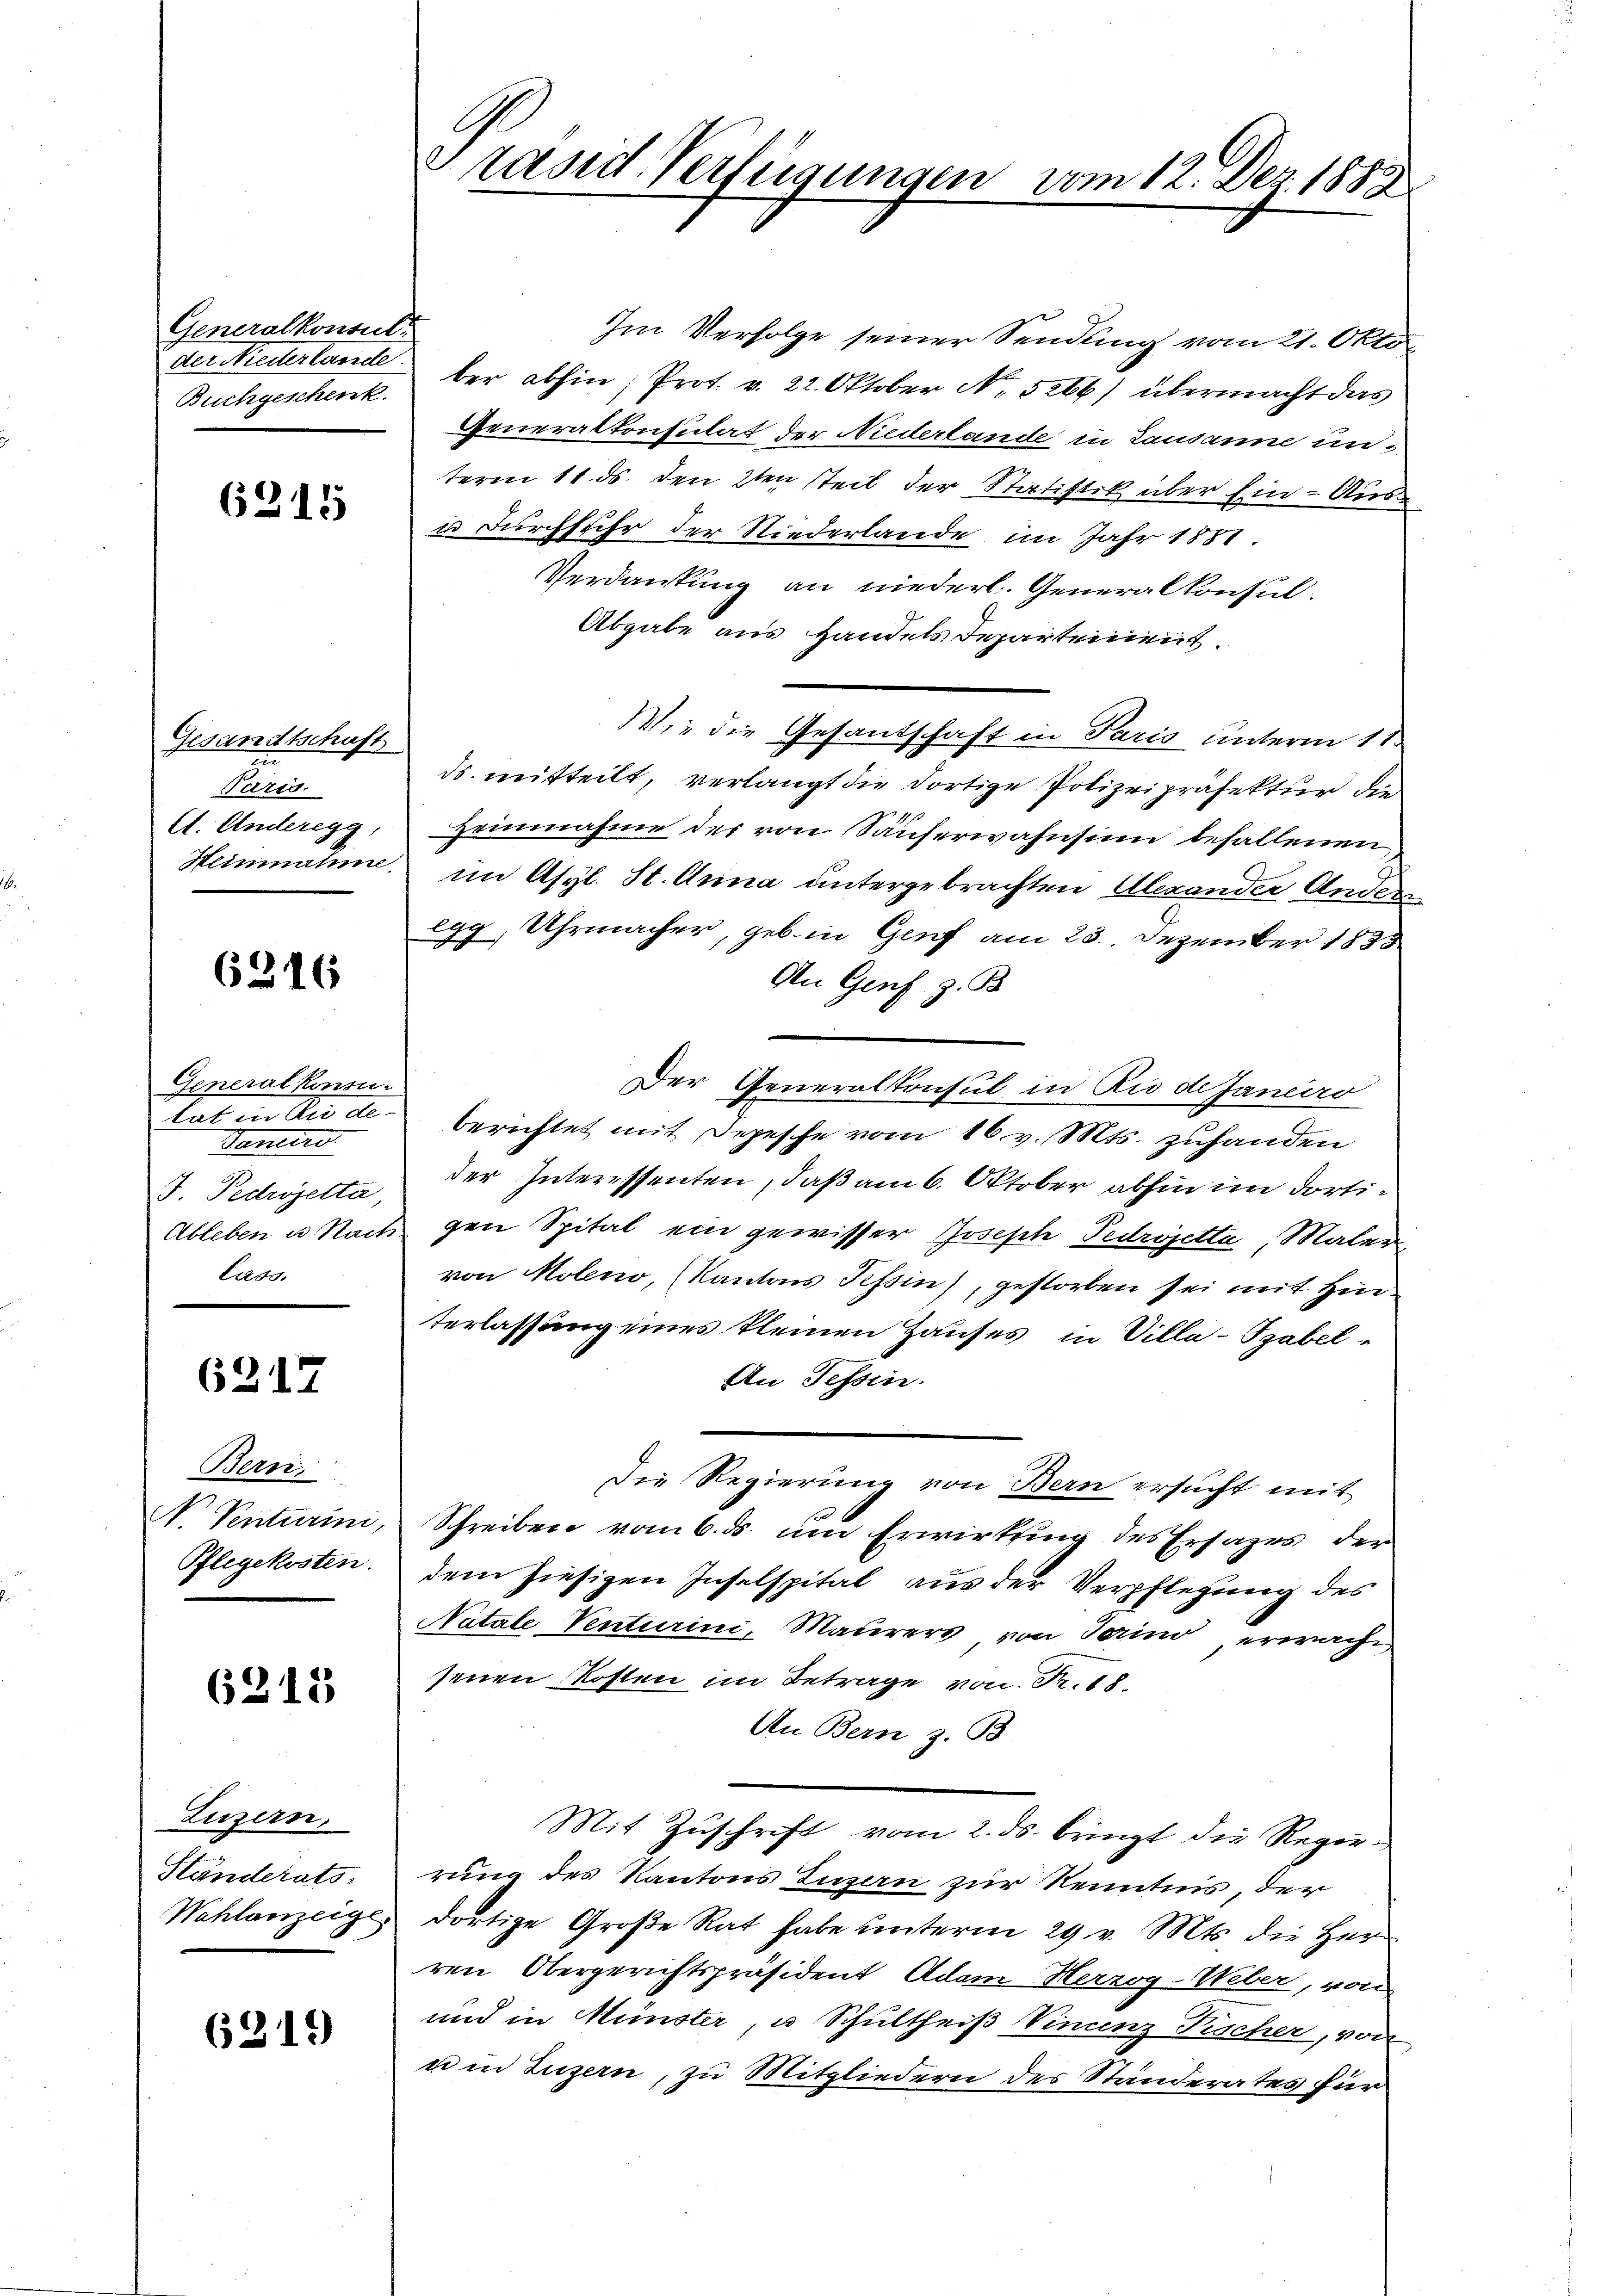
Generalkonsul
Buchgeschenk

6215

Gesandtschaft
s
Paris.
Ct. Anderegg,
Heinnahme

6316

Generalkonsu-
tat die de
Fonters
J. Pectrojetta,
Ableben u. Rait.
luss.

6217

Bern,
No Venturini,
Pflegekosten.

6213

Luzern,
Ständerats-
Wahlanzeige

6319)

Präsid. Verfügungen

Im Verfolge seiner Sendung vom 21. Okto¬
Der Niederlande ber abhin, Prot. v. 22. Oktober No. 5266) übermacht das
Generalkonsulat der Niederlande in Lausanne unterm 11. ds. den 2ten teil der Statistik über Ein- Ausin Durchfuhr der Niederlande im Jahr 1851.
Verdankung an niederl. Generalkonsul¬
Abgabe aus Handels Departement.
Wie die Gesantschaft in Paris unterm 11.
ds. mitteilt, verlangt die dortige Polizeipräfektur die
Heinnahme des von Säuferwahnsinn befallenen
im Asyl. St. Anna untergebrachten Alexander Ander
egg, Uhrmacher, geb. in Genf am 23. Dezember 1835
An Genf z. B.
Der Generalkonsul in Rio de Janeiro
berichtet mit Depesche vom 16. v. Mts. zuhanden
der Interessenten, daß am 6. Oktober abhin im dortigen Spital ein gewisser Joseph Pedrojetta, Malervon Moleno, Kantons Tessin, gestorben sei mit Hinterlassung eines kleinen Hauses in Villa-Tabel¬
An Tessin.
Die Regierung von Bern ersucht mit
Schreiben vom 6. ds. um Erwirtung des Ersazes der
dem hiesigen Inselspital aus der Verpflegung des
Natale Venturini, Maurers von Serino erwacht
senen Kosten im Betrage von Fr. 18
An Bern z. B.
Mit Zuschrift vom 2. ds. bringt die Regierung des Kantons Luzern zur Kenntnis, der
dortige Große Rat habe unterm 29 v. Mts. die Herr
ren Obergerichtspräsident Adam Herzog-Ueber, von
und in Münster, u Schultheiß Vincenz Fischer, von
um Luzern, zu Mitgliedern des Ständerates für

vom 12. Dez. 1889